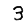
Digit: 3